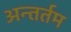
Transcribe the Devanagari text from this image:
अन्तर्तम